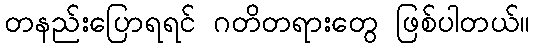
တနည်းပြောရရင် ဂတိတရားတွေ ဖြစ်ပါတယ်။